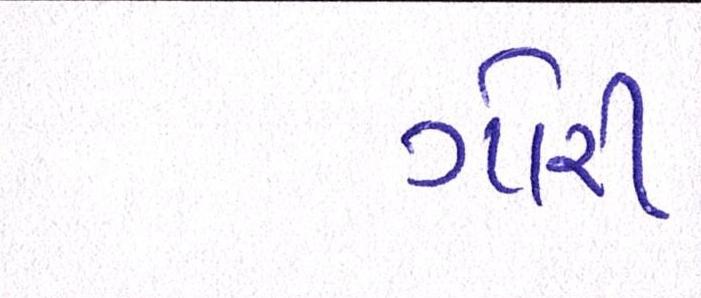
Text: ગોરી